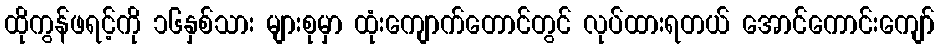
ထိုကွန်ဖရင့်ကို ၁၆နှစ်သား များစုမှာ ထုံးကျောက်တောင်တွင် လုပ်ထားရတယ် အောင်ကောင်းကျော်